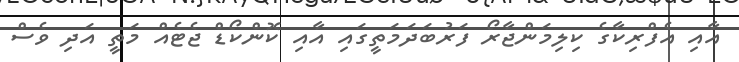
އާއި އެފްރިކާގެ ކިލިމަންޖާރޯ ފަރުބަދަމަތީގައި އާއި ކޮންކޯޑް ޖެޓެއް މަތީ އަދި ވެސް